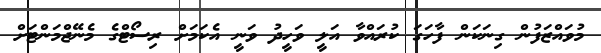
މުވައްޒަފުން ގިނަކަން ފާހަގަ ކުރައްވާ އަލީ ވަހީދު ވަނީ އެކަމަށް ރިސޯޓްގެ މެނޭޖްމަންޓަށް